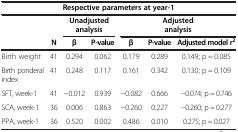
<table><thead><tr><td colspan="7"><b>Respective parameters at year-1</b></td></tr><tr><td>[EMPTY_CELL]</td><td>[EMPTY_CELL]</td><td colspan="2"><b>Unadjusted analysis</b></td><td colspan="3"><b>Adjusted analysis</b></td></tr><tr><td>[EMPTY_CELL]</td><td><b>N</b></td><td><b>β</b></td><td><b>P-value</b></td><td><b>β</b></td><td><b>P-value</b></td><td><b>Adjusted model r<sup>2</sup></b></td></tr></thead><tbody><tr><td>Birth weight</td><td>41</td><td>0.294</td><td>0.062</td><td>0.179</td><td>0.289</td><td>0.149; p = 0.085</td></tr><tr><td>Birth ponderal index</td><td>41</td><td>0.248</td><td>0.117</td><td>0.161</td><td>0.342</td><td>0.130; p = 0.109</td></tr><tr><td>SFT, week-1</td><td>41</td><td>−0.012</td><td>0.939</td><td>−0.082</td><td>0.666</td><td>−0.074; p = 0.746</td></tr><tr><td>SCA, week-1</td><td>36</td><td>0.006</td><td>0.863</td><td>−0.260</td><td>0.227</td><td>−0.260; p = 0.277</td></tr><tr><td>PPA, week-1</td><td>36</td><td>0.520</td><td>0.002</td><td>0.486</td><td>0.010</td><td>0.275; p = 0.027</td></tr></tbody></table>